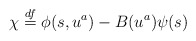
\begin{align*}\chi \stackrel{df}{=} \phi(s, u^a) - B(u^a) \psi(s)\end{align*}